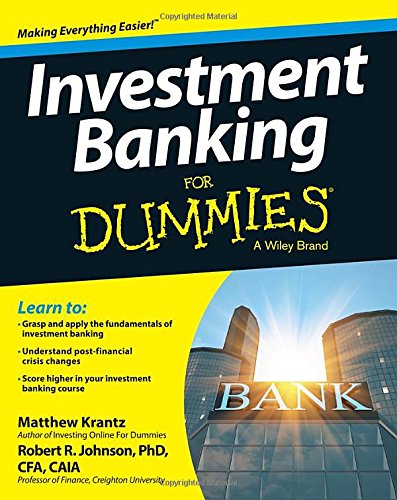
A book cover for Investment Banking For Dummies; Matthew Krantz; Business & Money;